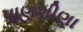
પાણશીણા